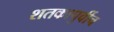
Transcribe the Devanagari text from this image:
शतकापुर्वीच